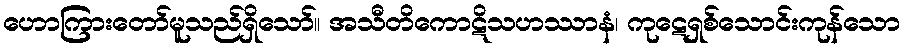
ဟောကြားတော်မူသည်ရှိသော်။ အသီတိကောဋိသဟဿာနံ၊ ကုဋေရှစ်သောင်းကုန်သော